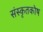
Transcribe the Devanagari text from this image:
संस्कृतकाेष